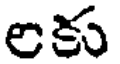
లకు